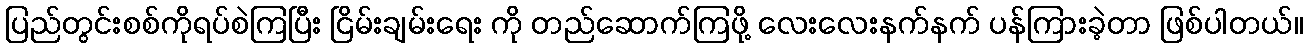
ပြည်တွင်းစစ်ကိုရပ်စဲကြပြီး ငြိမ်းချမ်းရေး ကို တည်ဆောက်ကြဖို့ လေးလေးနက်နက် ပန်ကြားခဲ့တာ ဖြစ်ပါတယ်။